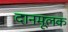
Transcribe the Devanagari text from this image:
दानमूलक